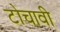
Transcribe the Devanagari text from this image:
टोचावी